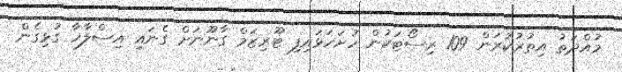
މުއްދަތު އިތުރުކުރަން 109 ރިސޯޓަކުން ހުށަހަޅައިފި ޓޫރިޒަމް ގާނޫނަށް ގެނައި އިސްލާހާ ގުޅިގެން